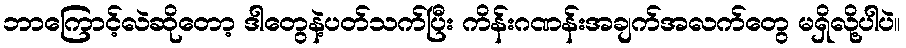
ဘာကြောင့်လဲဆိုတော့ ဒါတွေနဲ့ပတ်သက်ပြီး ကိန်းဂဏန်းအချက်အလက်တွေ မရှိလို့ပါပဲ။